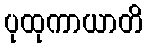
ပုထုကာယာတိ